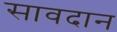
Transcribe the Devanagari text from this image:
सावदान